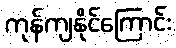
ကုန်ကျနိုင်ကြောင်း